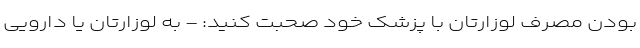
بودن مصرف لوزارتان با پزشک خود صحبت کنید: - به لوزارتان یا دارویی